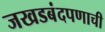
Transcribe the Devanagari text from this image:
जखडबंदपणाची